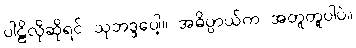
ပါဠိလိုဆိုရင် သုဘဒ္ဒပေါ့။ အဓိပ္ပာယ်က အတူတူပါပဲ။